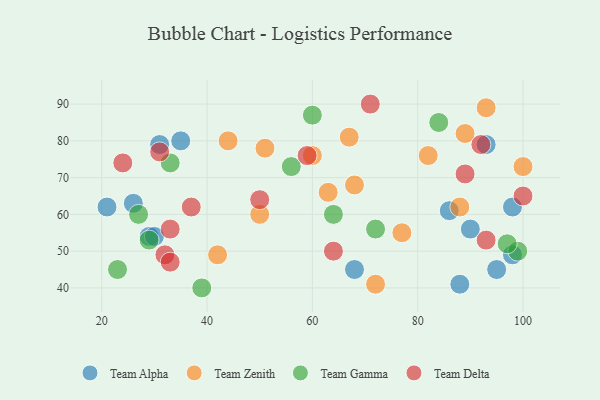
{"axis": {"x": "GDP", "y": "Life Expectancy"}, "legend": ["Team Alpha", "Team Delta", "Team Gamma", "Team Zenith"], "data": [{"x": "88", "y": 41, "type": "Team Alpha"}, {"x": "68", "y": 45, "type": "Team Alpha"}, {"x": "98", "y": 62, "type": "Team Alpha"}, {"x": "21", "y": 62, "type": "Team Alpha"}, {"x": "29", "y": 54, "type": "Team Alpha"}, {"x": "93", "y": 79, "type": "Team Alpha"}, {"x": "98", "y": 49, "type": "Team Alpha"}, {"x": "35", "y": 80, "type": "Team Alpha"}, {"x": "26", "y": 63, "type": "Team Alpha"}, {"x": "31", "y": 79, "type": "Team Alpha"}, {"x": "30", "y": 54, "type": "Team Alpha"}, {"x": "86", "y": 61, "type": "Team Alpha"}, {"x": "95", "y": 45, "type": "Team Alpha"}, {"x": "90", "y": 56, "type": "Team Alpha"}, {"x": "100", "y": 73, "type": "Team Zenith"}, {"x": "89", "y": 82, "type": "Team Zenith"}, {"x": "77", "y": 55, "type": "Team Zenith"}, {"x": "42", "y": 49, "type": "Team Zenith"}, {"x": "68", "y": 68, "type": "Team Zenith"}, {"x": "93", "y": 89, "type": "Team Zenith"}, {"x": "72", "y": 41, "type": "Team Zenith"}, {"x": "88", "y": 62, "type": "Team Zenith"}, {"x": "51", "y": 78, "type": "Team Zenith"}, {"x": "63", "y": 66, "type": "Team Zenith"}, {"x": "82", "y": 76, "type": "Team Zenith"}, {"x": "67", "y": 81, "type": "Team Zenith"}, {"x": "60", "y": 76, "type": "Team Zenith"}, {"x": "44", "y": 80, "type": "Team Zenith"}, {"x": "50", "y": 60, "type": "Team Zenith"}, {"x": "56", "y": 73, "type": "Team Gamma"}, {"x": "33", "y": 74, "type": "Team Gamma"}, {"x": "29", "y": 53, "type": "Team Gamma"}, {"x": "99", "y": 50, "type": "Team Gamma"}, {"x": "64", "y": 60, "type": "Team Gamma"}, {"x": "27", "y": 60, "type": "Team Gamma"}, {"x": "72", "y": 56, "type": "Team Gamma"}, {"x": "39", "y": 40, "type": "Team Gamma"}, {"x": "84", "y": 85, "type": "Team Gamma"}, {"x": "60", "y": 87, "type": "Team Gamma"}, {"x": "23", "y": 45, "type": "Team Gamma"}, {"x": "97", "y": 52, "type": "Team Gamma"}, {"x": "93", "y": 53, "type": "Team Delta"}, {"x": "32", "y": 49, "type": "Team Delta"}, {"x": "24", "y": 74, "type": "Team Delta"}, {"x": "33", "y": 47, "type": "Team Delta"}, {"x": "59", "y": 76, "type": "Team Delta"}, {"x": "64", "y": 50, "type": "Team Delta"}, {"x": "31", "y": 77, "type": "Team Delta"}, {"x": "100", "y": 65, "type": "Team Delta"}, {"x": "92", "y": 79, "type": "Team Delta"}, {"x": "71", "y": 90, "type": "Team Delta"}, {"x": "89", "y": 71, "type": "Team Delta"}, {"x": "37", "y": 62, "type": "Team Delta"}, {"x": "33", "y": 56, "type": "Team Delta"}, {"x": "50", "y": 64, "type": "Team Delta"}]}